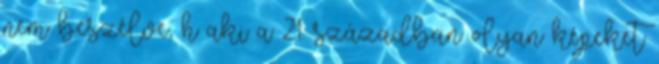
nem beszélve, h aki a 21. században olyan képeket